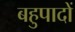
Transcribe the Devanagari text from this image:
बहुपादों